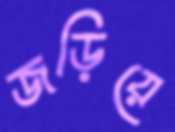
জড়িয়ে